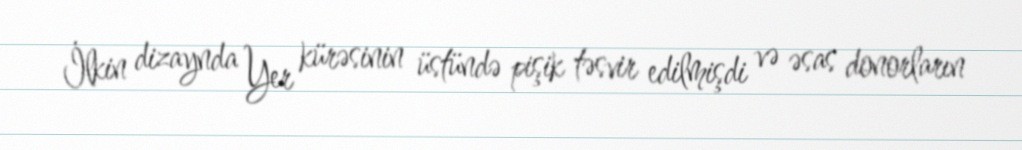
İlkin dizaynda Yer kürəsinin üstündə pişik təsvir edilmişdi və əsas donorların